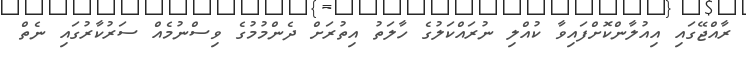
ރާއްޖޭގައި އިއުލާންކޮށްފައިވާ ކުއްލި ނުރައްކަލުގެ ހާލަތު އިތުރަށް ދެންމުމުގެ ވިސްނުމެއް ސަރުކާރުގައި ނެތް